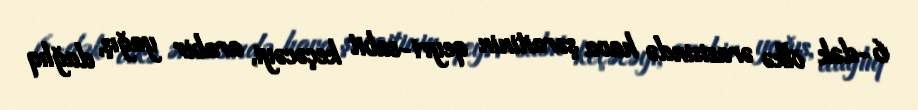
6-dək ölkə ərazisində hava şəraitinin qeyri-sabit keçəcəyi, arabir yağış, dağlıq